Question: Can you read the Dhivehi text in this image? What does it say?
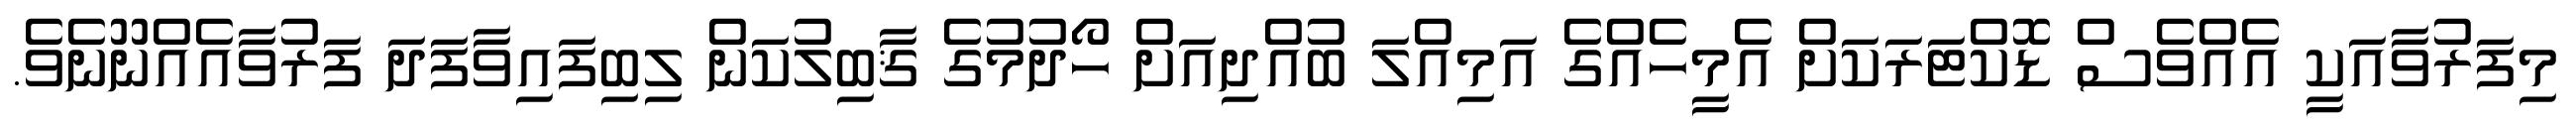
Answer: މިފަރުވާއަކީ އެއްވެސް ޑޮކްޓަރަކަށް އެމީހެއްގެ އަމިއްލަ ބުއްދިއަށް ހޯދުމުގެ ޤާބިލުކަން ލިބިފައިވާފަދަ ފަރުވާއެއްނޫނެވެ.